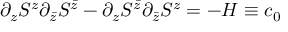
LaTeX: \partial _ { z } S ^ { z } \partial _ { \bar { z } } S ^ { \bar { z } } - \partial _ { z } S ^ { \bar { z } } \partial _ { \bar { z } } S ^ { z } = - { \cal H } \equiv c _ { 0 }